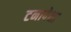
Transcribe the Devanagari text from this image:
टनापेक्षा